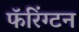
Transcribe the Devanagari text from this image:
फॅरिंग्टन